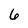
Character: 6